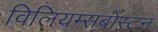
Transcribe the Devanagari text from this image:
विलियम्सबोस्टन